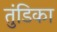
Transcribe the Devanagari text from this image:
तुंडिका